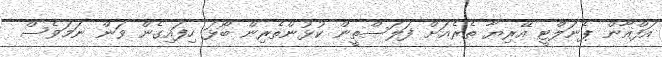
އަފްޣާން ޕެނަލްޓީ އޭރިޔާ ތެރެއަށް ފަލަސްތީން ކުޅުންތެރިން ބޯޅަ ހިފައިގެން ވަން ނަމަވެސް